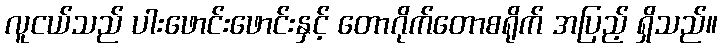
လူငယ်သည် ပါးဖောင်းဖောင်းနှင့် တောဂိုက်တောစရိုက် အပြည့် ရှိသည်။